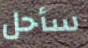
سأحل